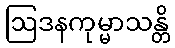
ဩဒနကုမ္မာသန္တိ